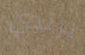
يرتدي